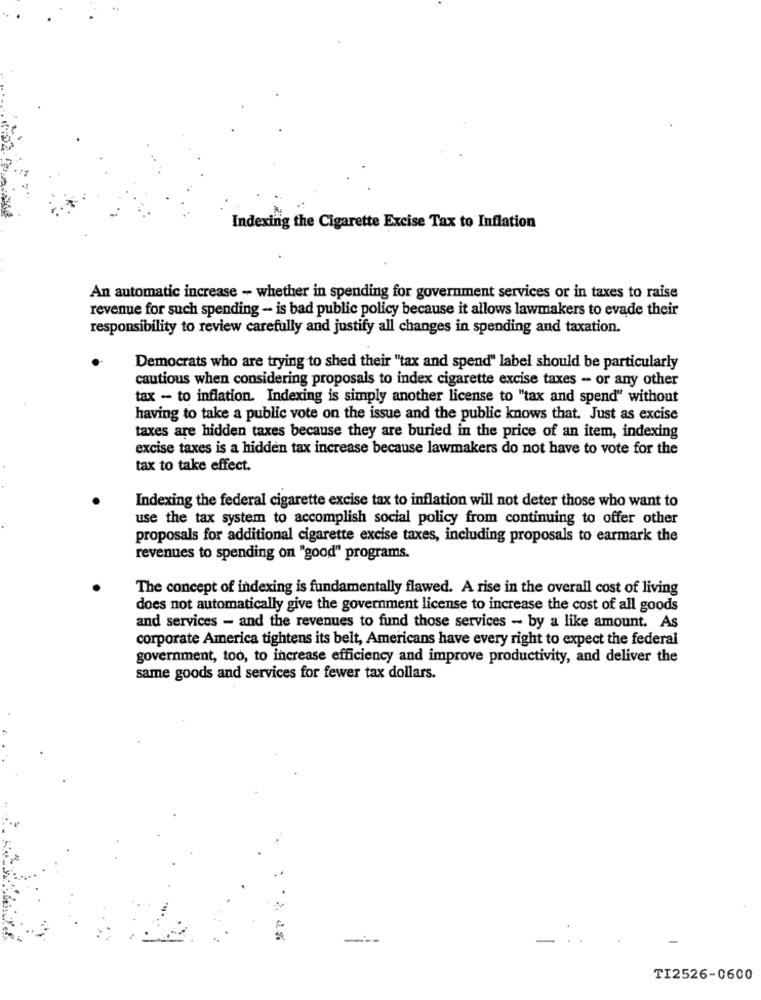
Indexing the Cigarette Excise Tax to Inflation
An automatic increase - whether in spending for government services or in taxes to raise
revenue for such spending - is bad public policy because it allows lawmakers to evade their
responsibility to review carefully and justify all changes in spending and taxation.
Democrats who are trying to shed their "tax and spend" label should be particularly
cautious when considering proposals to index cigarette excise taxes - or any other
tax - to inflation. Indexing is simply another license to "tax and spend" without
having to take a public vote on the issue and the public knows that. Just as excise
taxes are hidden taxes because they are buried in the price of an item, indexing
excise taxes is a hidden tax increase because lawmakers do not have to vote for the
tax to take effect.
Indexing the federal cigarette excise tax to inflation will not deter those who want to
use the tax system to accomplish social policy from continuing to offer other
proposals for additional cigarette excise taxes, including proposals to earmark the
revenues to spending on "good" programs.
The concept of indexing is fundamentally flawed. A rise in the overall cost of living
does not automatically give the government license to increase the cost of all goods
and services - and the revenues to fund those services - by a like amount. As
corporate America tightens its belt, Americans have every right to expect the federal
government, too, to increase efficiency and improve productivity, and deliver the
same goods and services for fewer tax dollars.
---
TI2526-0600